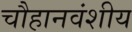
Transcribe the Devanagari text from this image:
चौहानवंशीय